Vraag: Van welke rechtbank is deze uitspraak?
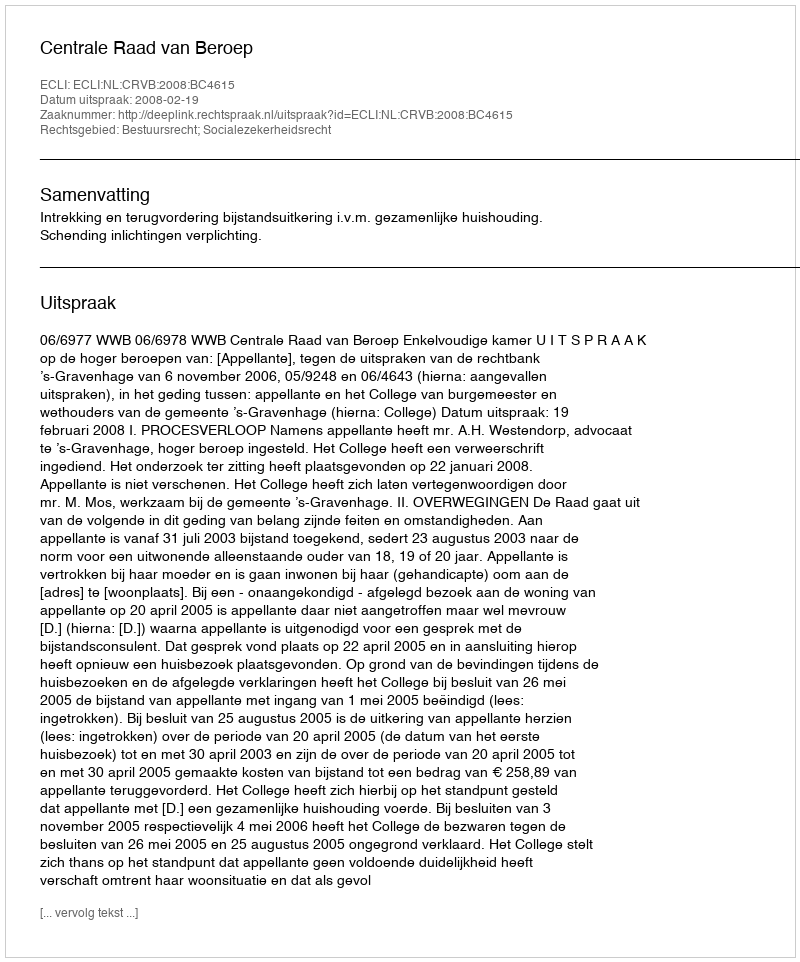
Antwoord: Centrale Raad van Beroep